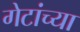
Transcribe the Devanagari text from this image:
गेटांच्या